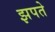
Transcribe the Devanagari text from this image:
झपते